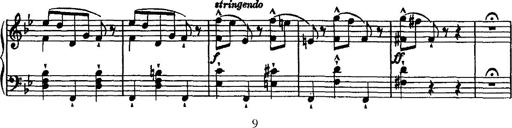
Title: Grande valse di bravura
Composer: Franz Liszt